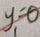
y = 0